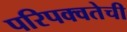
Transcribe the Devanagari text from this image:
परिपक्वतेची